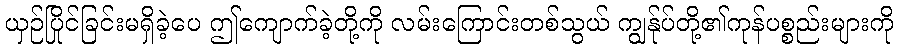
ယှဉ်ပြိုင်ခြင်းမရှိခဲ့ပေ ဤကျောက်ခဲ့တို့ကို လမ်းကြောင်းတစ်သွယ် ကျွန်ုပ်တို့၏ကုန်ပစ္စည်းများကို